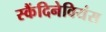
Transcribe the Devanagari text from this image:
स्कैंदिनेवियंस